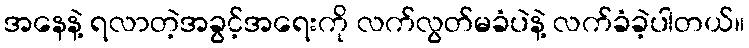
အနေနဲ့ ရလာတဲ့အခွင့်အရေးကို လက်လွတ်မခံပဲနဲ့ လက်ခံခဲ့ပါတယ်။